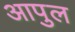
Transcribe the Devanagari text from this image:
आपुल